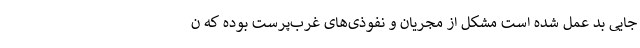
جایی بد عمل شده است مشکل از مجریان و نفوذی‌های غرب‌پرست بوده که ن